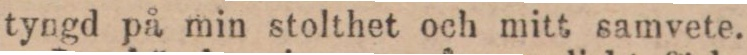
tyngd på min stolthet och mitt samvete.